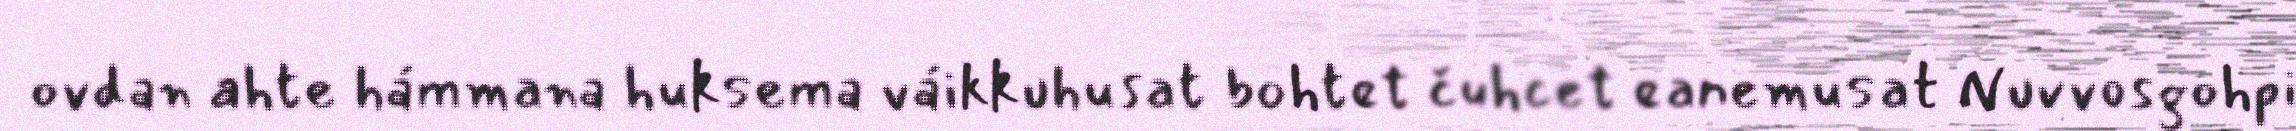
ovdan ahte hámmana huksema váikkuhusat bohtet čuhcet eanemusat Nuvvosgohpi